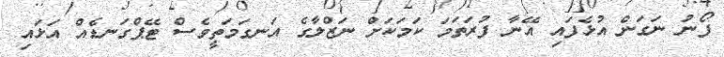
ފޯނު ނަގަން އުޅެފައި އޭނާ ފުރަތަމަ ކަމަކަށް ނަޒްލާގެ އަނގަމަތީވެސް ޓޭޕްގަނޑެއް އަޅައި